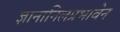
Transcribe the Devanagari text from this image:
ज्ञानानिलप्रभावेन